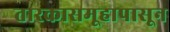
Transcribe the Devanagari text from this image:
तारकासमूहापासून